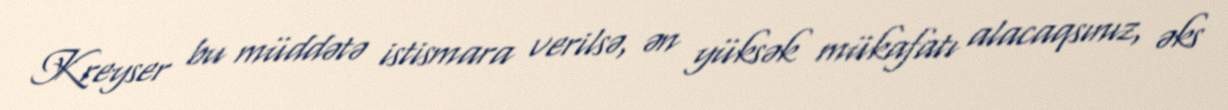
Kreyser bu müddətə istismara verilsə, ən yüksək mükafatı alacaqsınız, əks